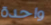
واحدة